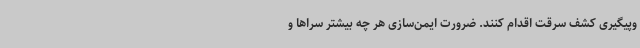
وپیگیری کشف سرقت اقدام کنند. ضرورت ایمن‌سازی هر چه بیشتر سراها و